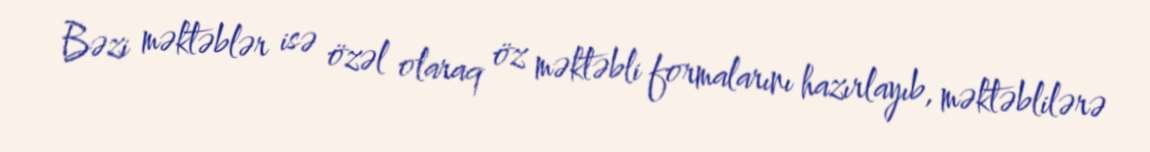
Bəzi məktəblər isə özəl olaraq öz məktəbli formalarını hazırlayıb, məktəblilərə